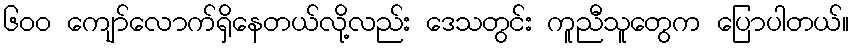
၆၀၀ ကျော်လောက်ရှိနေတယ်လို့လည်း ဒေသတွင်း ကူညီသူတွေက ပြောပါတယ်။